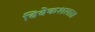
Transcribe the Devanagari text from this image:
विवेकशलता